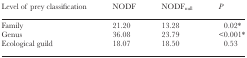
<table><thead><tr><td><b>Level of prey classification</b></td><td><b>NODF</b></td><td><b>NODF<sub>null</sub></b></td><td><b><i>P</i></b></td></tr></thead><tbody><tr><td>Family</td><td>21.20</td><td>13.28</td><td>0.02*</td></tr><tr><td>Genus</td><td>36.08</td><td>23.79</td><td>&lt;0.001*</td></tr><tr><td>Ecological guild</td><td>18.07</td><td>18.50</td><td>0.53</td></tr></tbody></table>